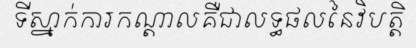
ទីស្នាក់ការកណ្តាលគឺជាលទ្ធផលនៃវិបត្តិ